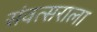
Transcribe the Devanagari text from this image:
संवत्सराला